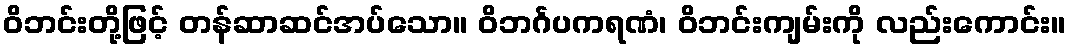
ဝိဘင်းတို့ဖြင့် တန်ဆာဆင်အပ်သော။ ဝိဘင်္ဂပကရဏံ၊ ဝိဘင်းကျမ်းကို လည်းကောင်း။